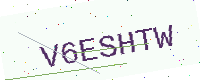
Text: V6ESHTW